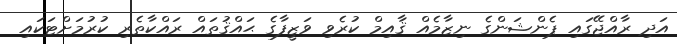
އަދި ރާއްޖޭގައި ޕެންޝަންގެ ނިޒާމެއް ޤާއިމް ކުރެވި ވަޒީފާގެ ޙައްޤުތައް ރައްކާތެރި ކުރުމަށްޓަކައި